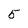
Character: 5